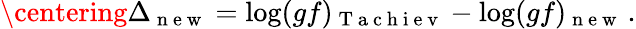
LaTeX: \centering\Delta_{\mathrm{~n~e~w~}}=\log(gf)_{\mathrm{~T~a~c~h~i~e~v~}}-\log(gf)_{\mathrm{~n~e~w~}}\, .